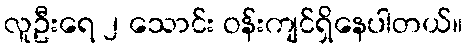
လူဦးရေ ၂ သောင်း ဝန်းကျင်ရှိနေပါတယ်။